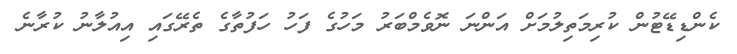
ކެންޑިޑޭޓުން ކުރިމަތިލުމަށް އަންނަ ނޮވެމްބަރު މަހުގެ ފަހު ހަފުތާގެ ތެރޭގައި އިއުލާނު ކުރާނެ